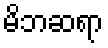
မိဘဆရာ